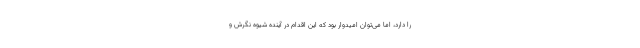
را دارد، اما می‌توان امیدوار بود که این اقدام در آینده شیوه نگرش و